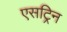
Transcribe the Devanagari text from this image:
एसट्रिन